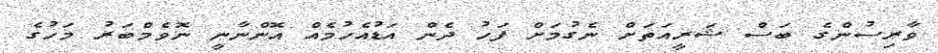
ވާރިސުންގެ ބަސް ޝަރީއަތަށް ނެގުމަށް ފަހު ދެން އަޑުއެހުމެއް އޮންނާނީ ނޮވެމްބަރު މަހުގެ